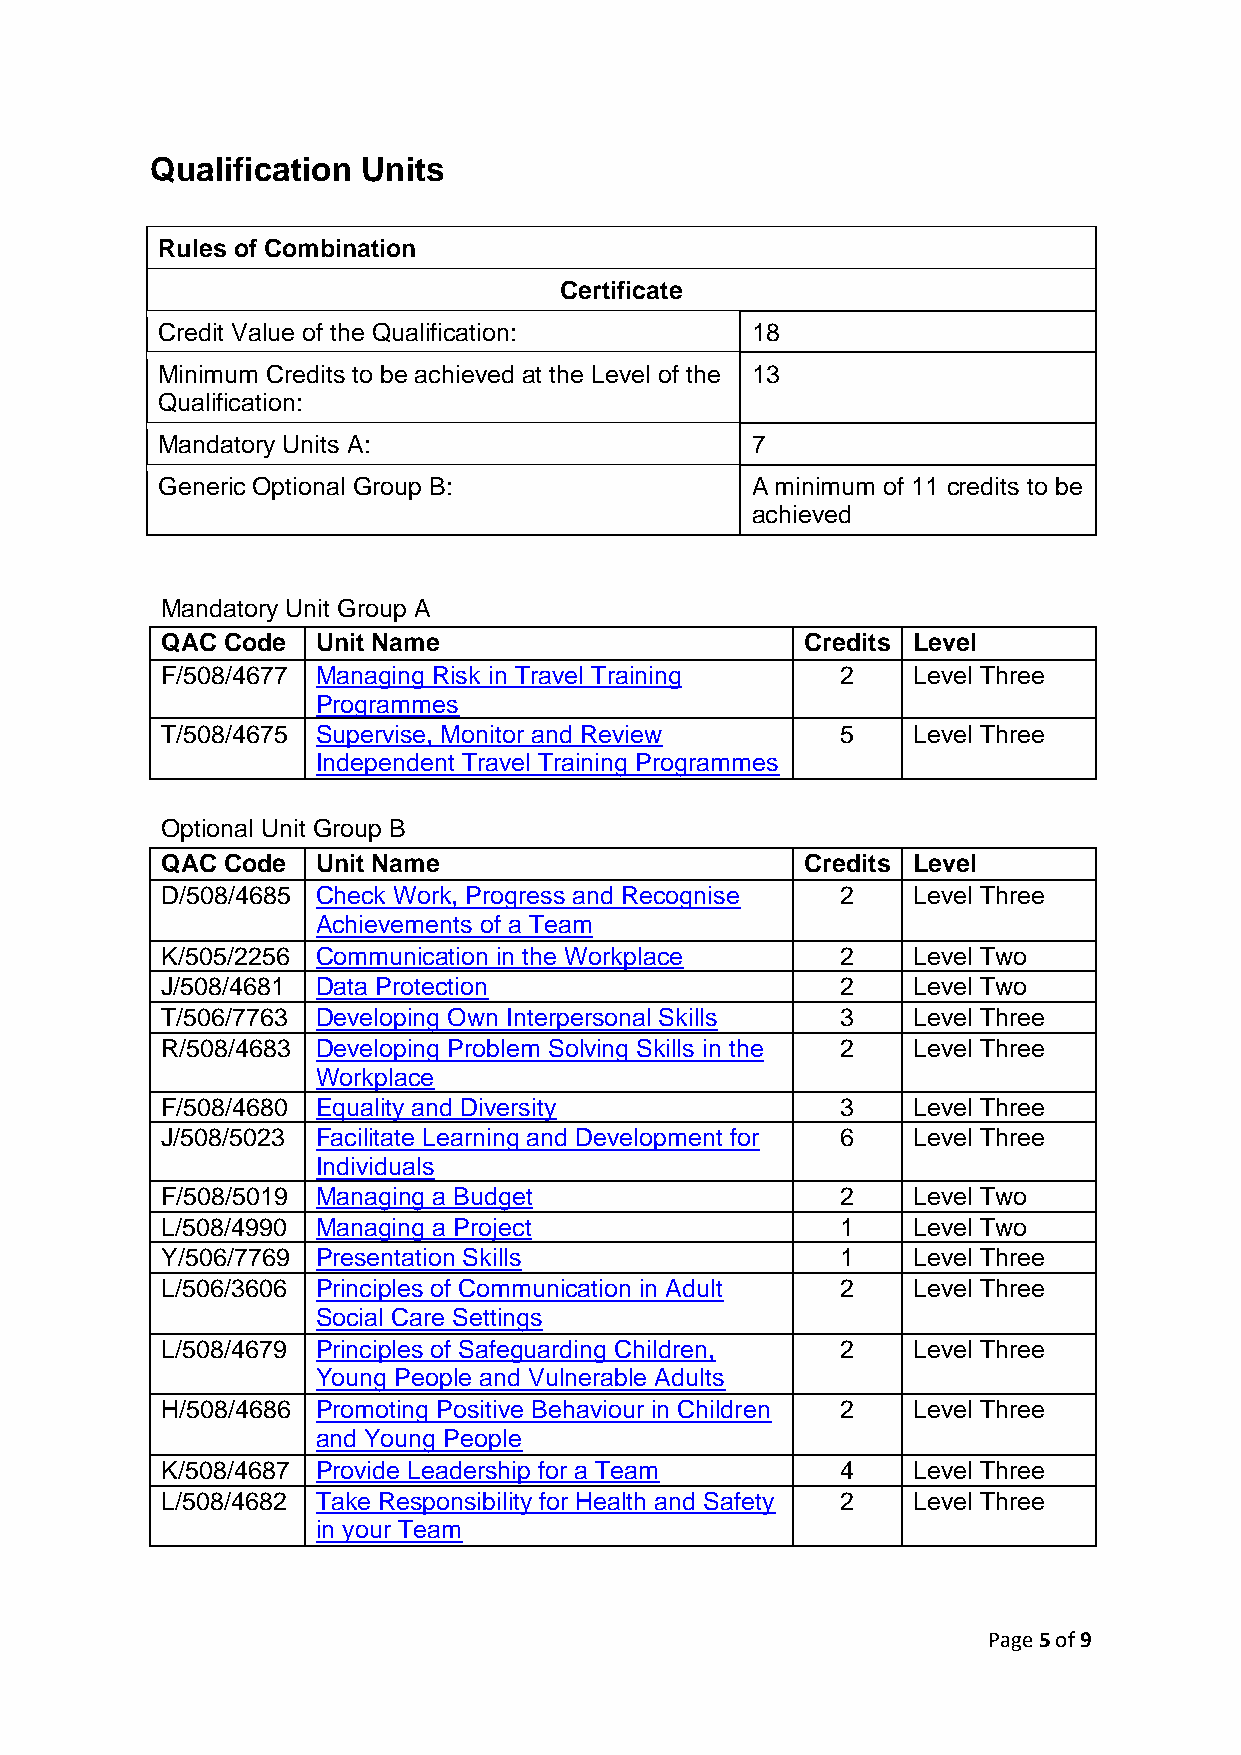
Qualification Units
 Rules of Combination
 Certificate
 Credit Value of the Qualification:      18
 Minimum Credits to be achieved at the Level of the 13
 Qualification:
 Mandatory Units A:                      7
 Generic Optional Group B:               A minimum of 11 credits to be
 achieved
 Mandatory Unit Group A
 QAC Code  Unit Name                       Credits Level
 F/508/4677 Managing Risk in Travel Training  2   Level Three
 Programmes
 T/508/4675 Supervise, Monitor and Review     5   Level Three
 Independent Travel Training Programmes
 Optional Unit Group B
 QAC Code  Unit Name                       Credits Level
 D/508/4685 Check Work, Progress and Recognise 2  Level Three
 Achievements of a Team
 K/505/2256 Communication in the Workplace    2   Level Two
 J/508/4681 Data Protection                   2   Level Two
 T/506/7763 Developing Own Interpersonal Skills 3 Level Three
 R/508/4683 Developing Problem Solving Skills in the 2 Level Three
 Workplace
 F/508/4680 Equality and Diversity            3   Level Three
 J/508/5023 Facilitate Learning and Development for 6 Level Three
 Individuals
 F/508/5019 Managing a Budget                 2   Level Two
 L/508/4990 Managing a Project                1   Level Two
 Y/506/7769 Presentation Skills               1   Level Three
 L/506/3606 Principles of Communication in Adult 2 Level Three
 Social Care Settings
 L/508/4679 Principles of Safeguarding Children, 2 Level Three
 Young People and Vulnerable Adults
 H/508/4686 Promoting Positive Behaviour in Children 2 Level Three
 and Young People
 K/508/4687 Provide Leadership for a Team     4   Level Three
 L/508/4682 Take Responsibility for Health and Safety 2 Level Three
 in your Team
 Page 5 of 9